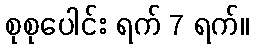
စုစုပေါင်း ရက် 7 ရက်။